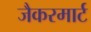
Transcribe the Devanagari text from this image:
जैकरमार्ट